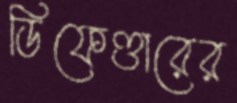
ডিফেণ্ডারের